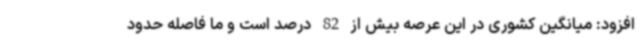
افزود: میانگین کشوری در این عرصه بیش از 82 درصد است و ما فاصله حدود